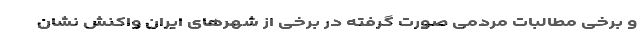
و برخی مطالبات مردمی صورت گرفته در برخی از شهرهای ایران واکنش نشان